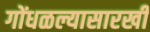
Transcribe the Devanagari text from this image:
गोंधळल्यासारखी